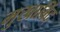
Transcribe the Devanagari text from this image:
मुखाबिंद